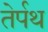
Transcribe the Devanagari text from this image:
तेर्पथ